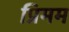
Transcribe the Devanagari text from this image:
प्रिमम